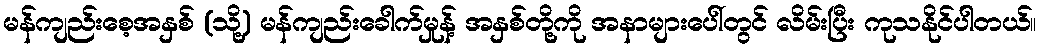
မန်ကျည်းစေ့အနှစ် (သို့) မန်ကျည်းခေါက်မှုန့် အနှစ်တို့ကို အနာများပေါ်တွင် လိမ်းပြီး ကုသနိုင်ပါတယ်။